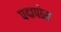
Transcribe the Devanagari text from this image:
पद्मपोरा